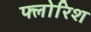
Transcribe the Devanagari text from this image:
फ्लोरिश